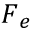
\boldsymbol { F } _ { e }